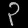
Digit: ၃